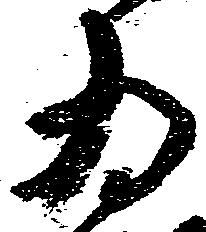
為